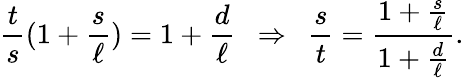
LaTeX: {\frac{t}{s}}(1+{\frac{s}{\ell}})=1+{\frac{d}{\ell}}\ \ \Rightarrow\ \ {\frac{s}{t}}={\frac{1+{\frac{s}{\ell}}}{1+{\frac{d}{\ell}}}}.